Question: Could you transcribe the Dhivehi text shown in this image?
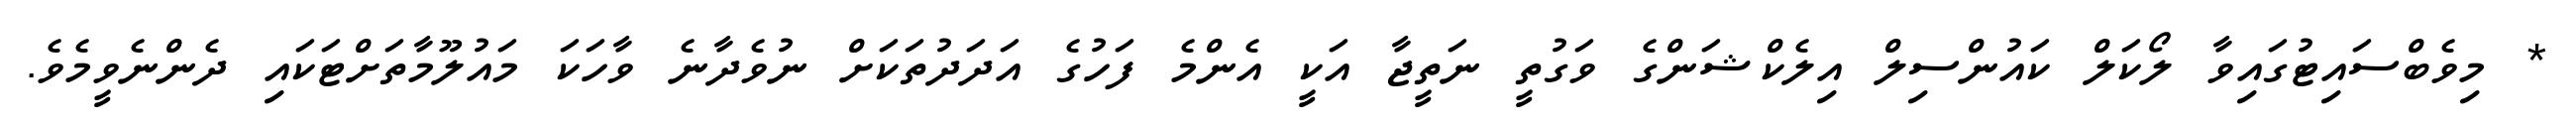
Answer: * މިވެބްސައިޓުގައިވާ ލޯކަލް ކައުންސިލް އިލެކްޝަންގެ ވަގުތީ ނަތީޖާ އަކީ އެންމެ ފަހުގެ އަދަދުތަކަށް ނުވެދާނެ ވާހަކަ މައުލޫމާތަށްޓަކައި ދެންނެވީމެވެ.